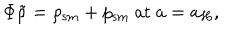
\Phi \tilde { \rho } = \rho _ { \mathrm { s m } } + p _ { \mathrm { s m } } ~ \mathrm { a t } ~ a = a _ { H } ,